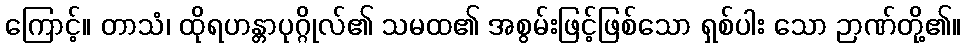
ကြောင့်။ တာသံ၊ ထိုရဟန္တာပုဂ္ဂိုလ်၏ သမထ၏ အစွမ်းဖြင့်ဖြစ်သော ရှစ်ပါး သော ဉာဏ်တို့၏။